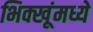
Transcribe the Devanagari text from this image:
भिक्खूंमध्ये